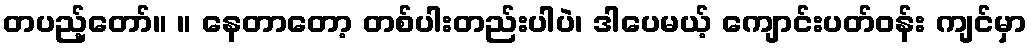
တပည့်တော်။ ။ နေတာတော့ တစ်ပါးတည်းပါပဲ၊ ဒါပေမယ့် ကျောင်းပတ်ဝန်း ကျင်မှာ